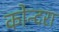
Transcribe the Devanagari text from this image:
कोन्दरा